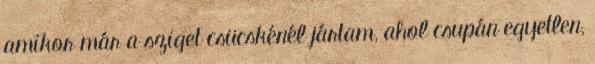
amikor már a sziget csücskénél jártam, ahol csupán egyetlen,